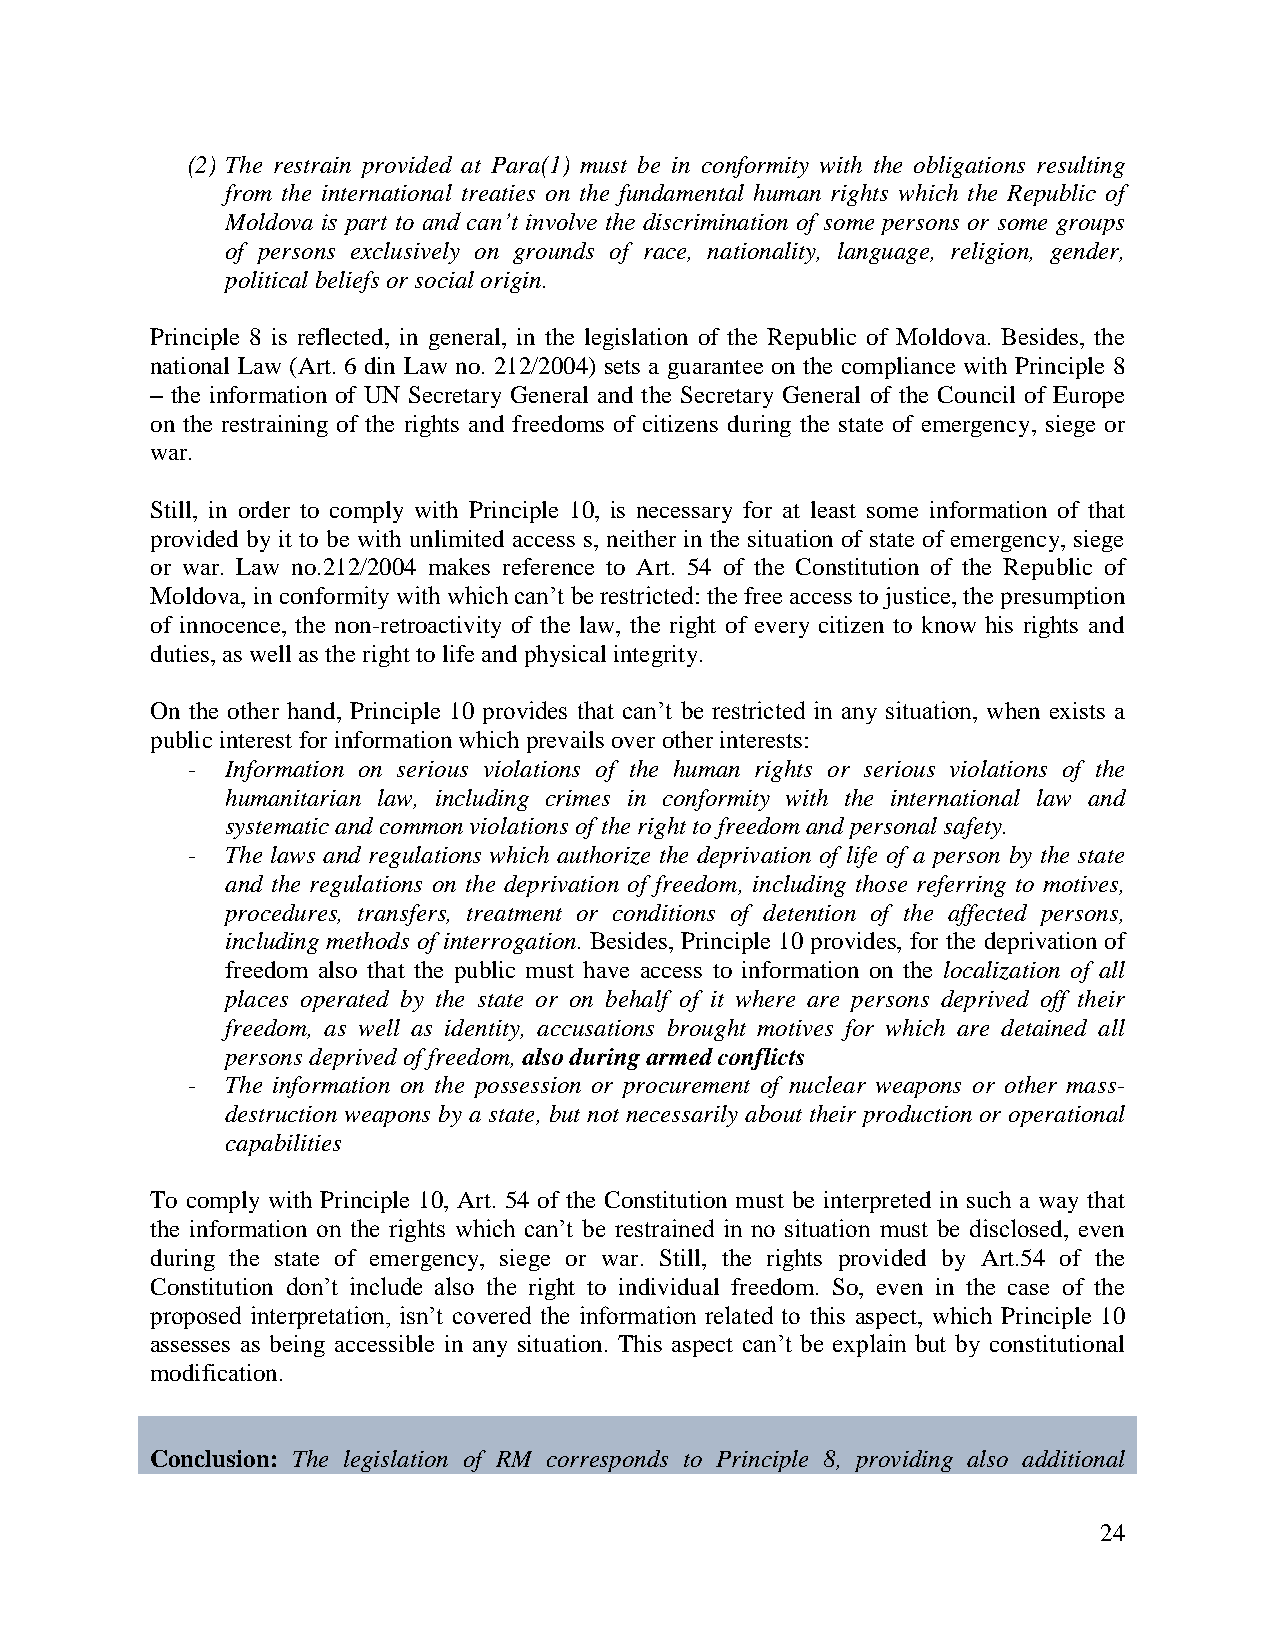
(2) The restrain provided at Para(1) must be in conformity with the obligations resulting
 from the international treaties on the fundamental human rights which the Republic of
 Moldova is part to and can’t involve the discrimination of some persons or some groups
 of persons exclusively on grounds of race, nationality, language, religion, gender,
 political beliefs or social origin.
 Principle 8 is reflected, in general, in the legislation of the Republic of Moldova. Besides, the
 national Law (Art. 6 din Law no. 212/2004) sets a guarantee on the compliance with Principle 8
 – the information of UN Secretary General and the Secretary General of the Council of Europe
 on the restraining of the rights and freedoms of citizens during the state of emergency, siege or
 war.
 Still, in order to comply with Principle 10, is necessary for at least some information of that
 provided by it to be with unlimited access s, neither in the situation of state of emergency, siege
 or war. Law no.212/2004 makes reference to Art. 54 of the Constitution of the Republic of
 Moldova, in conformity with which can’t be restricted: the free access to justice, the presumption
 of innocence, the non-retroactivity of the law, the right of every citizen to know his rights and
 duties, as well as the right to life and physical integrity.
 On the other hand, Principle 10 provides that can’t be restricted in any situation, when exists a
 public interest for information which prevails over other interests:
 -  Information on serious violations of the human rights or serious violations of the
 humanitarian law, including crimes in conformity with the international law and
 systematic and common violations of the right to freedom and personal safety.
 -  The laws and regulations which authorize the deprivation of life of a person by the state
 and the regulations on the deprivation of freedom, including those referring to motives,
 procedures, transfers, treatment or conditions of detention of the affected persons,
 including methods of interrogation. Besides, Principle 10 provides, for the deprivation of
 freedom also that the public must have access to information on the localization of all
 places operated by the state or on behalf of it where are persons deprived off their
 freedom, as well as identity, accusations brought motives for which are detained all
 persons deprived of freedom, also during armed conflicts
 -  The information on the possession or procurement of nuclear weapons or other mass-
 destruction weapons by a state, but not necessarily about their production or operational
 capabilities
 To comply with Principle 10, Art. 54 of the Constitution must be interpreted in such a way that
 the information on the rights which can’t be restrained in no situation must be disclosed, even
 during the state of emergency, siege or war. Still, the rights provided by Art.54 of the
 Constitution don’t include also the right to individual freedom. So, even in the case of the
 proposed interpretation, isn’t covered the information related to this aspect, which Principle 10
 assesses as being accessible in any situation. This aspect can’t be explain but by constitutional
 modification.
 Conclusion: The legislation of RM corresponds to Principle 8, providing also additional
 24